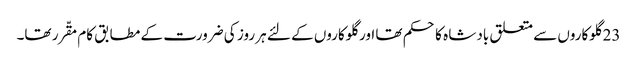
23 گلوکاروں سے متعلق بادشا ہ کا حکم تھا اور گلوکاروں کے لئے ہر روز کی ضرورت کے مطابق کام مقّرر تھا۔